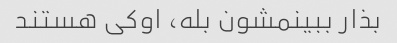
بذار ببینمشون بله، اوکی هستند